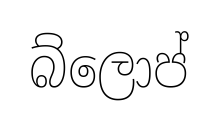
බ්ලොප්